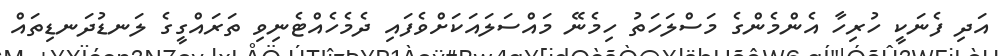
އަދި ފެނަކީ ހުރިހާ އެންމެންގެ މަސްލަހަތު ހިމެނޭ މައްސަލައަކަށްވެފައި ދެމެހެއްޓެނިވި ތަރައްގީގެ ލަނޑުދަނޑިތައް